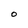
Character: O